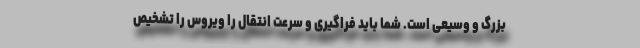
بزرگ و وسیعی است. شما باید فراگیری و سرعت انتقال را ویروس را تشخیص